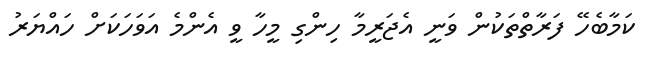
ކަމާބެހޭ ފަރާތްތަކުން ވަނީ އެޖަރީމާ ހިންގި މީހާ ވީ އެންމެ އަވަހަކަށް ހައްޔަރު